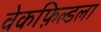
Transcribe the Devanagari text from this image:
वेकफ़िल्डला